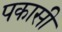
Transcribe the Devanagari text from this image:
पकासी